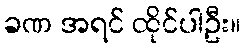
ခဏ အရင် ထိုင်ပါဦး။